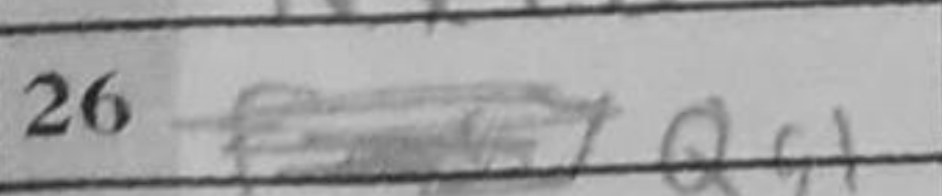
Transcription: Qg1